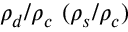
\rho _ { d } / \rho _ { c } \ ( \rho _ { s } / \rho _ { c } )